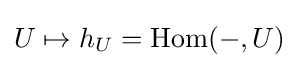
U\mapsto h_{U}=\operatorname {Hom} (-,U)